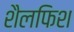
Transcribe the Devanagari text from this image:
शैलफिश